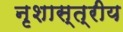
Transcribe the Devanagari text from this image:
नृशास्त्रीय